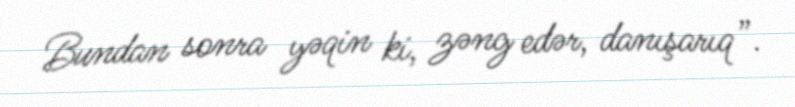
Bundan sonra yəqin ki, zəng edər, danışarıq”.